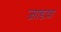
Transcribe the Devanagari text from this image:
जाडय़ा